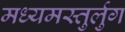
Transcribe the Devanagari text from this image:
मध्यमस्तुर्लुग